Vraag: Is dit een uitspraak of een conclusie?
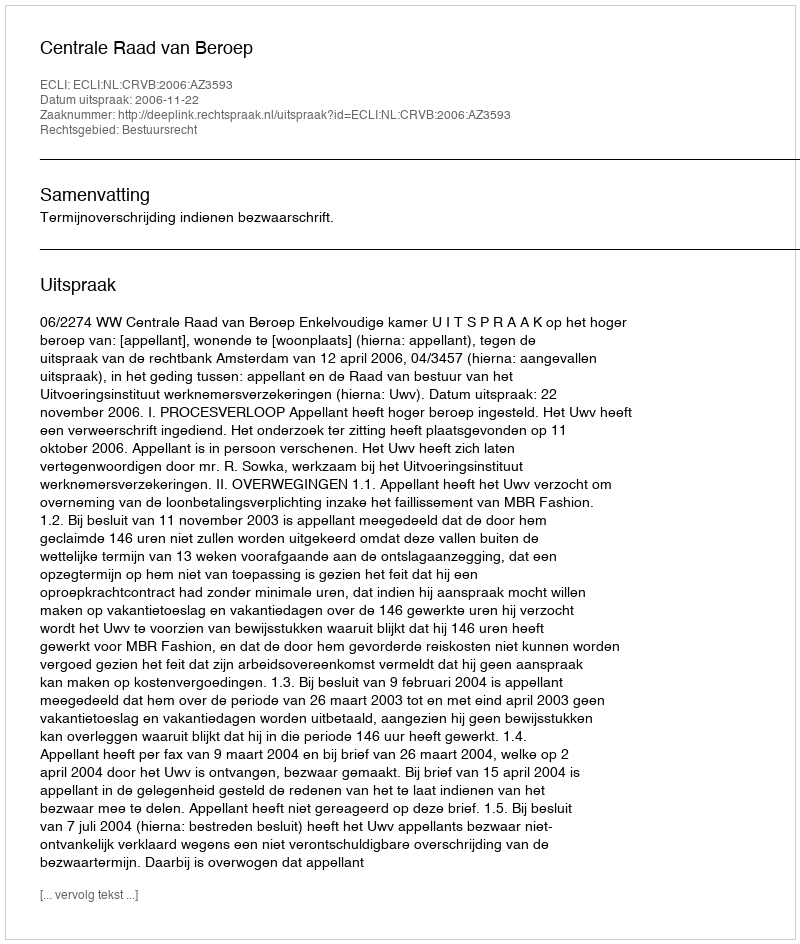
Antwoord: Uitspraak